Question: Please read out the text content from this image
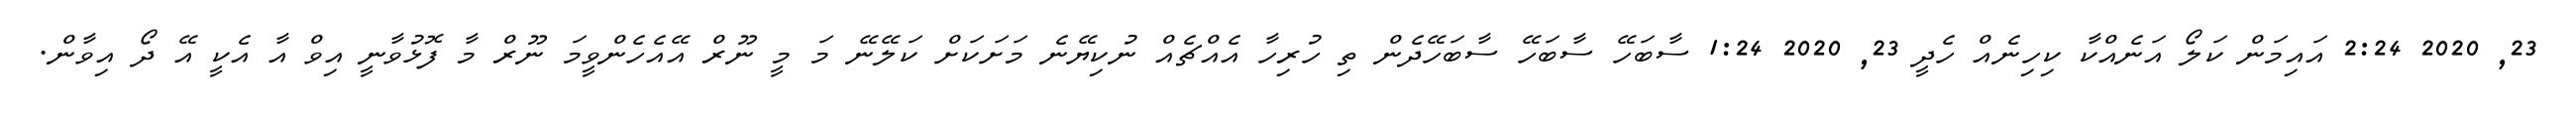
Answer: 23, 2020 2:24 އައިމަން ކަލޯ އަނެއްކާ ކިހިނެއް ހެދީ 23, 2020 1:24 ސާބަހޭ ސާބަހޭ ސާބަހޭދެން ތި ހުރިހާ އެއްޗެއް ނުކިޔޭނެ މަށަކަށް ކަލޭނޭ މަ މީ ނޫރް އޭއެހެންވީމަ ނޫރް މާ ފޮޅުވާނީ އިވް އާ އެކީ އޭ ދޯ އިވާން.